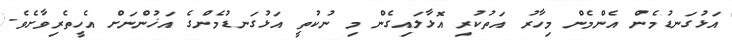
އަޅުގަނޑުމެން އެންމެން މިހާރު އަތުކުރި އޮޅާލައިގެން މި ނުކުތީ އަޅުގަނޑުމެންގެ އަޚުންނަށް އެހީތެރިވާށެވެ.